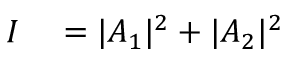
\begin{array} { r l } { I } & { { } = | A _ { 1 } | ^ { 2 } + | A _ { 2 } | ^ { 2 } } \end{array}